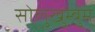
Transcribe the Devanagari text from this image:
सोलुखुम्बुमे